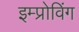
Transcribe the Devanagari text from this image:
इम्प्रोविंग